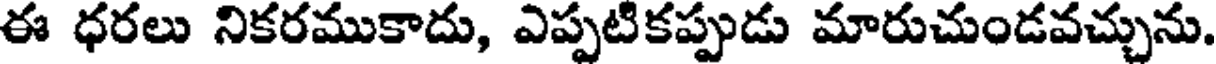
ఈ ధరలు నికరముకాదు, ఎప్పటికప్పుడు మారుచుండవచ్చును.